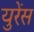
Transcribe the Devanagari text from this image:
युरेंस